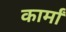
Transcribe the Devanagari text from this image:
कार्मां